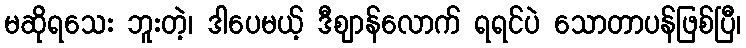
မဆိုရသေး ဘူးတဲ့၊ ဒါပေမယ့် ဒီဈာန်လောက် ရရင်ပဲ သောတာပန်ဖြစ်ပြီ၊